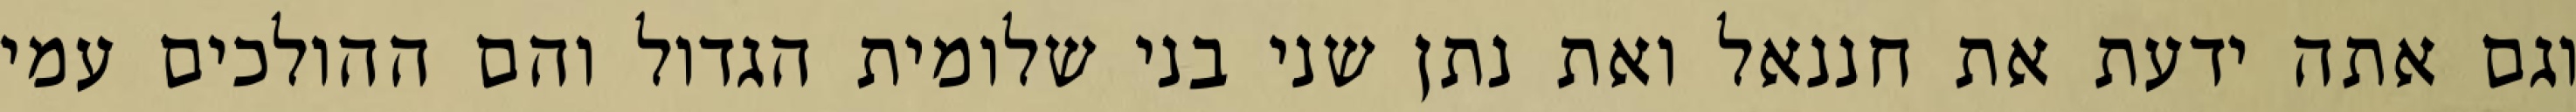
וגם אתה ידעת את חננאל ואת נתן שני בני שלומית הגדול והם ההולכים עמי